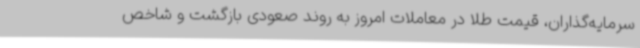
سرمایه‌گذاران، قیمت طلا در معاملات امروز به روند صعودی بازگشت و شاخص